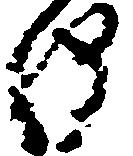
儀